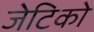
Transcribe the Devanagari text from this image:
जेटिको